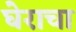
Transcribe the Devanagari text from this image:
घेराचा